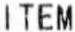
ITEM